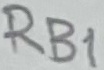
Text: RB1